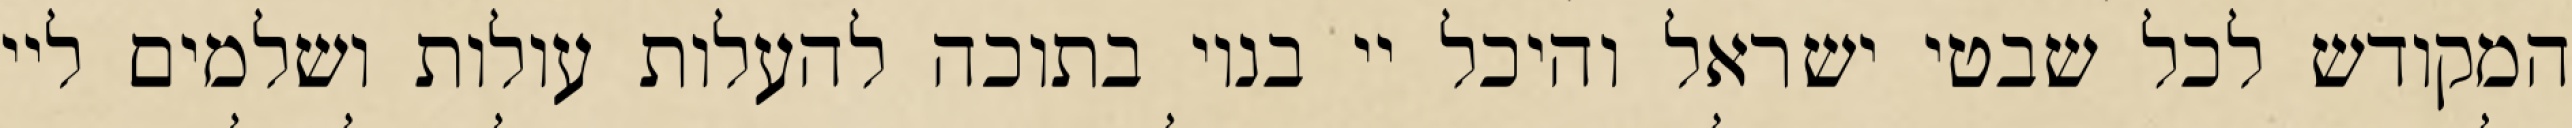
המקודש לכל שבטי ישראל והיכל יי בנוי בתוכה להעלות עולות ושלמים ליי